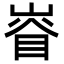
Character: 𡺊